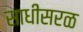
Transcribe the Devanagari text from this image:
साधीसरळ